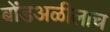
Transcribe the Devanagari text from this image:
बोंडअळीलाच